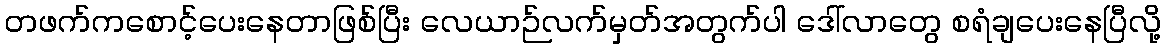
တဖက်ကစောင့်ပေးနေတာဖြစ်ပြီး လေယာဉ်လက်မှတ်အတွက်ပါ ဒေါ်လာတွေ စရံချပေးနေပြီလို့